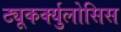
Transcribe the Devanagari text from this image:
ट्यूकर्क्युलोसिस